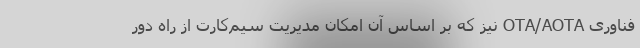
فناوری OTA/AOTA نیز که بر اساس آن امکان مدیریت سیم‌کارت از راه دور